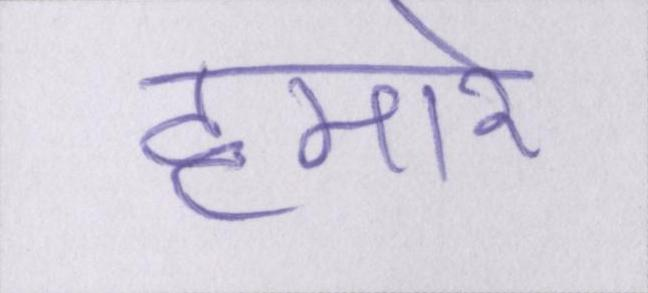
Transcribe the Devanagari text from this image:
हमारे